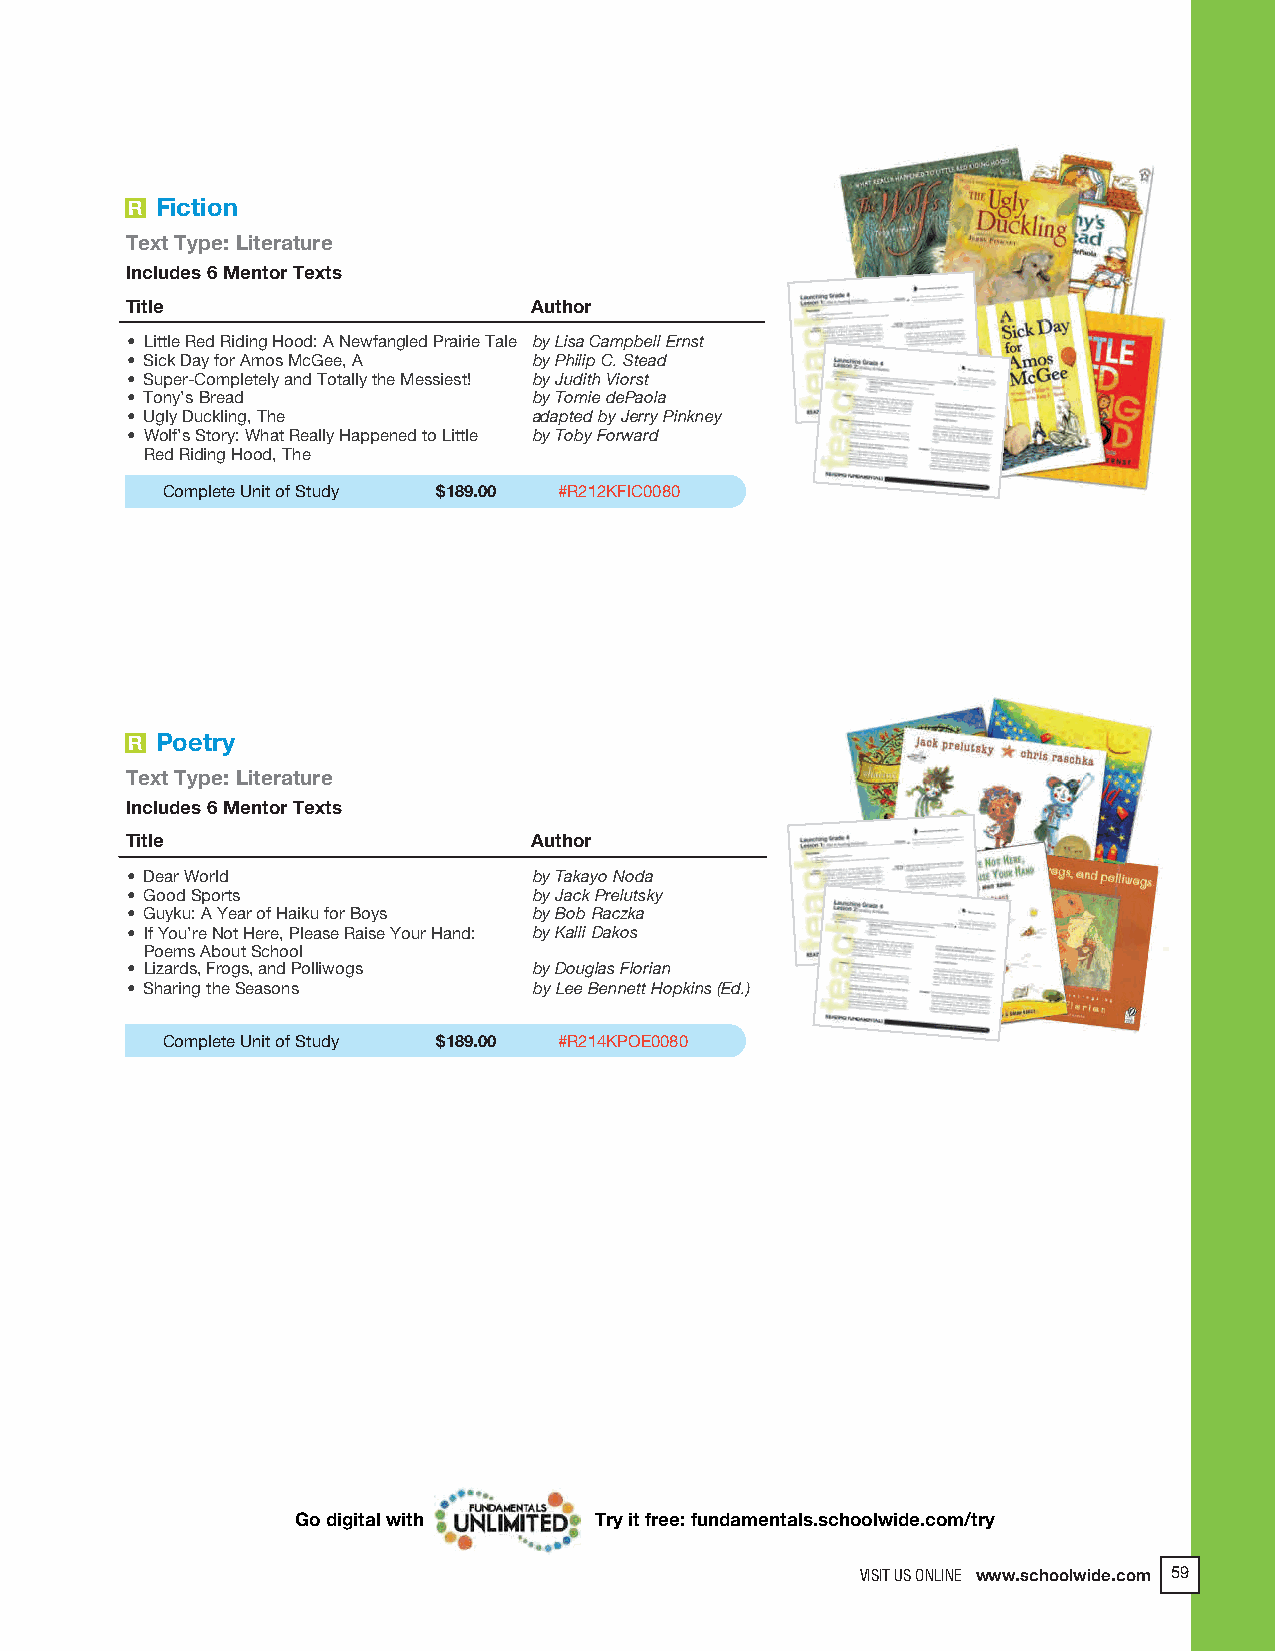
2018 ProdSamp_Layout 1 7/28/17 12:09 PM Page 185
 R Fiction
 Text Type: Literature
 Includes 6 Mentor Texts
 Title                      Author
 • Little Red Riding Hood: A Newfangled Prairie Tale by Lisa Campbell Ernst
 • Sick Day for Amos McGee, A by Philip C. Stead
 • Super-Completely and Totally the Messiest! by Judith Viorst
 • Tony’s Bread             by Tomie dePaola
 • Ugly Duckling, The       adapted by Jerry Pinkney
 • Wolf’s Story: What Really Happened to Little by Toby Forward
 Red Riding Hood, The
 Complete Unit of Study $189.00 #R212KFIC0080
 R Poetry
 Text Type: Literature
 Includes 6 Mentor Texts
 Title                      Author
 • Dear World               by Takayo Noda
 • Good Sports              by Jack Prelutsky
 • Guyku: A Year of Haiku for Boys by Bob Raczka
 • If You’re Not Here, Please Raise Your Hand: by Kalli Dakos
 Poems About School
 • Lizards, Frogs, and Polliwogs by Douglas Florian
 • Sharing the Seasons      by Lee Bennett Hopkins (Ed.)
 Complete Unit of Study $189.00 #R214KPOE0080
 Go digital with    Try it free: fundamentals.schoolwide.com/try
 VISIT US ONLINE www.schoolwide.com 59
 VISIT US ONLINE www.schoolwide.com 131